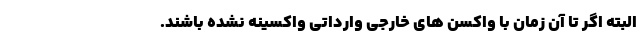
البته اگر تا آن زمان با واکسن های خارجی وارداتی واکسینه نشده باشند.